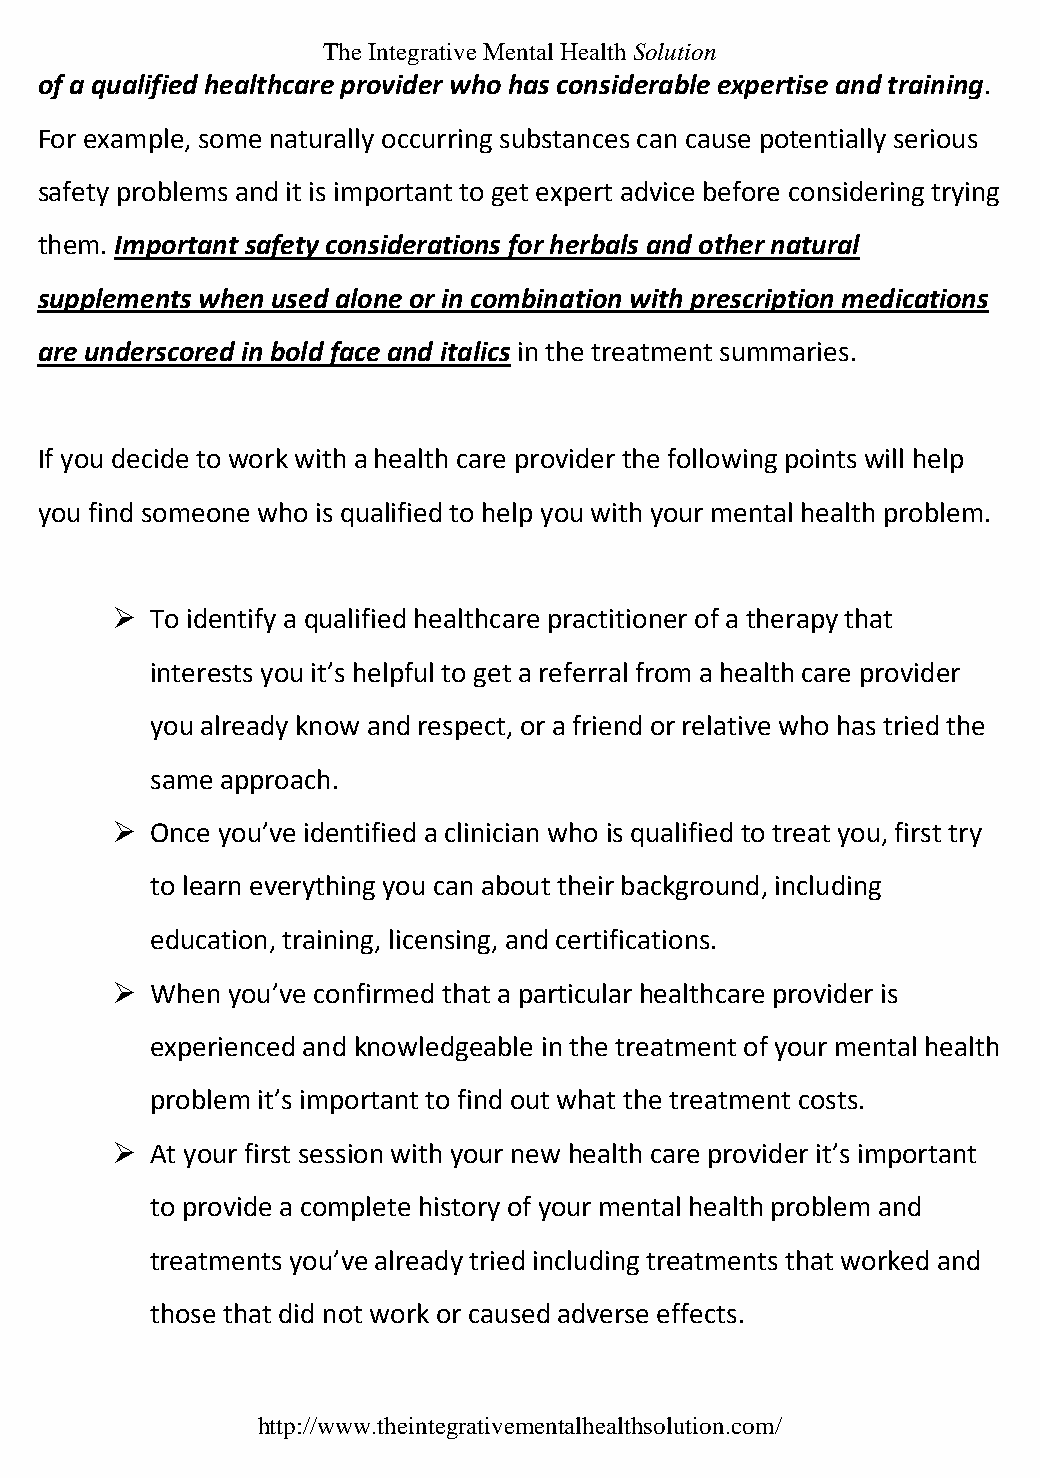
The Integrative Mental Health Solution
 of a qualified healthcare provider who has considerable expertise and training.
 For example, some naturally occurring substances can cause potentially serious
 safety problems and it is important to get expert advice before considering trying
 them. Important safety considerations for herbals and other natural
 supplements when used alone or in combination with prescription medications
 are underscored in bold face and italics in the treatment summaries.
 If you decide to work with a health care provider the following points will help
 you find someone who is qualified to help you with your mental health problem.
   To identify a qualified healthcare practitioner of a therapy that
 interests you it’s helpful to get a referral from a health care provider
 you already know and respect, or a friend or relative who has tried the
 same approach.
   Once you’ve identified a clinician who is qualified to treat you, first try
 to learn everything you can about their background, including
 education, training, licensing, and certifications.
   When you’ve confirmed that a particular healthcare provider is
 experienced and knowledgeable in the treatment of your mental health
 problem it’s important to find out what the treatment costs.
   At your first session with your new health care provider it’s important
 to provide a complete history of your mental health problem and
 treatments you’ve already tried including treatments that worked and
 those that did not work or caused adverse effects.
 http://www.theintegrativementalhealthsolution.com/